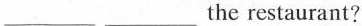
___ ___the restaurant?